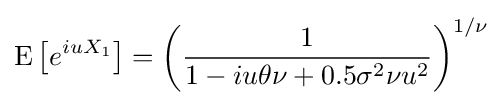
\operatorname {E} \left[e^{iuX_{1}}\right]=\left({\frac {1}{1-iu\theta \nu +0.5\sigma ^{2}\nu u^{2}}}\right)^{1/\nu }